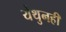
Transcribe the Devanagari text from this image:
येथुनही